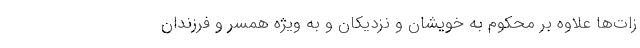
زات‌ها علاوه بر محکوم به خویشان و نزدیکان و به ویژه همسر و فرزندان